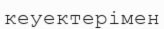
кеуектерімен